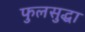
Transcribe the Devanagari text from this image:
फुलसुद्धा